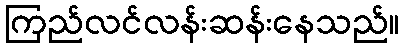
ကြည်လင်လန်းဆန်းနေသည်။